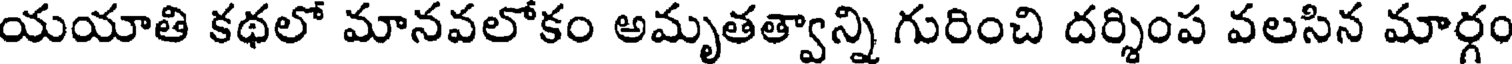
యయాతి కథలో మానవలోకం అమృతత్వాన్ని గురించి దర్శింప వలసిన మార్గం